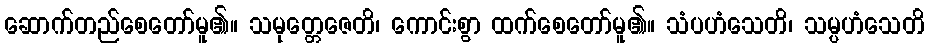
ဆောက်တည်စေတော်မူ၏။ သမုတ္တေဇေတိ၊ ကောင်းစွာ ထက်စေတော်မူ၏။ သံပဟံသေတိ၊ သမ္ပဟံသေတိ